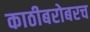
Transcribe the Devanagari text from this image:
काठीबरोबरच